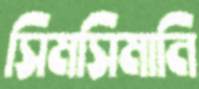
সিমসিমানি